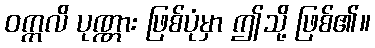
ဝက္ကလိ ပုဏ္ဏား ဖြစ်ပုံမှာ ဤသို့ ဖြစ်၏။